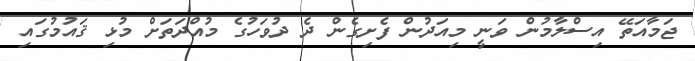
ޖަމާއަތޭ އިސްލާމުން ވަނީ މިއަދުން ފެށިގެން ދެ ދުވަހުގެ މުއްދަތަށް މުޅި ޤައުމުގައި